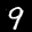
Label: 9